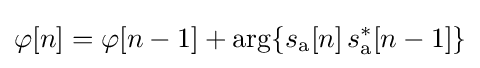
\varphi [n]=\varphi [n-1]+\arg\{s_{\mathrm {a} }[n]\,s_{\mathrm {a} }^{*}[n-1]\}